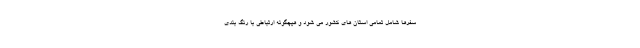
سفرها شامل تمامی استان های کشور می شود و هیچگونه ارتباطی با رنگ بندی